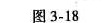
图3-18